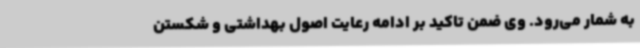
به شمار می‌رود. وی ضمن تاکید بر ادامه رعایت اصول بهداشتی و شکستن